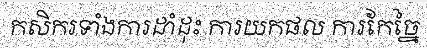
កសិករទាំងការដាំដុះ ការយកផល ការកែច្នៃ